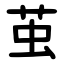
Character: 茧